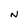
Character: N